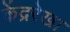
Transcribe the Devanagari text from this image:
केंद्ररेखा